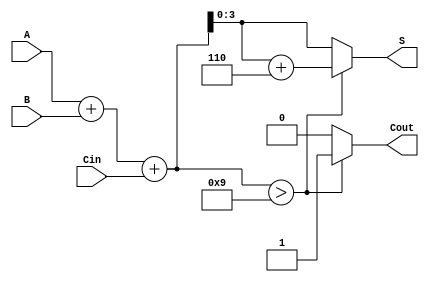
module BCD_Asynchronous_Adder (
    input [3:0] A,     // BCD input A
    input [3:0] B,     // BCD input B
    input Cin,         // Carry-in
    output reg [3:0] S, // BCD output S
    output reg Cout     // Carry-out
);

    reg [4:0] sum; // 5-bit sum to accommodate possible overflow

    always @(*) begin
        // Step 1: Perform binary addition
        sum = A + B + Cin;

        // Step 2: Check for BCD validity
        if (sum > 4'b1001) begin
            // If the sum exceeds 9, adjust by adding 6
            S = sum + 4'b0110;
            Cout = 1; // Set carry-out
        end else begin
            // Valid BCD, no adjustment needed
            S = sum[3:0]; // Take the lower 4 bits
            Cout = 0; // No carry-out
        end
    end
endmodule